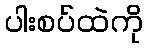
ပါးစပ်ထဲကို